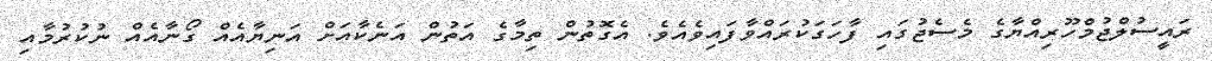
ރައީސުލްޖުމްހޫރިއްޔާގެ މެސެޖުގައި ފާހަގަކުރައްވާފައިވެއެވެ. އެގޮތުން ތިމާގެ އަތުން އަނެކާއަށް އަނިޔާއެއް ގޯނާއެއް ނުކުރުމާއި